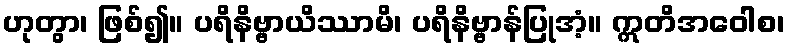
ဟုတွာ၊ ဖြစ်၍။ ပရိနိဗ္ဗာယိဿာမိ၊ ပရိနိဗ္ဗာန်ပြုအံ့။ ဣတိအဝေါစ၊